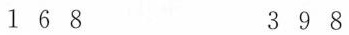
1 6 8 3 9 8